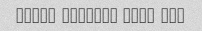
ghaza kamelan sard bod